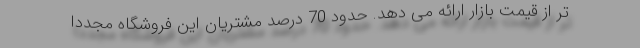
تر از قیمت بازار ارائه می دهد. حدود 70 درصد مشتریان این فروشگاه مجددا